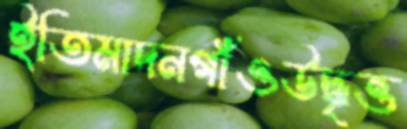
ইতিমাদনগাঁওউদ্ধৃত্ত